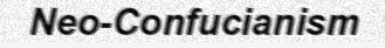
Neo-Confucianism